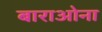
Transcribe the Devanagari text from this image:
बाराओना